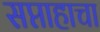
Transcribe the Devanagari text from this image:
सप्ताहाचा